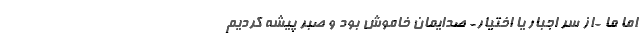
اما ما -از سر اجبار يا اختيار- صدايمان خاموش بود و صبر پيشه كرديم